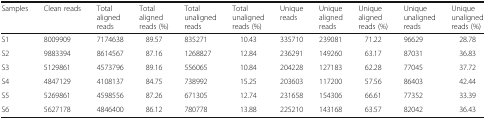
<table><thead><tr><td><b>Samples</b></td><td><b>Clean reads</b></td><td><b>Total aligned reads</b></td><td><b>Total aligned reads (%)</b></td><td><b>Total unaligned reads</b></td><td><b>Total unaligned reads (%)</b></td><td><b>Unique reads</b></td><td><b>Unique aligned reads</b></td><td><b>Unique aligned reads (%)</b></td><td><b>Unique unaligned reads</b></td><td><b>Unique unaligned reads (%)</b></td></tr></thead><tbody><tr><td>S1</td><td>8009909</td><td>7174638</td><td>89.57</td><td>835271</td><td>10.43</td><td>335710</td><td>239081</td><td>71.22</td><td>96629</td><td>28.78</td></tr><tr><td>S2</td><td>9883394</td><td>8614567</td><td>87.16</td><td>1268827</td><td>12.84</td><td>236291</td><td>149260</td><td>63.17</td><td>87031</td><td>36.83</td></tr><tr><td>S3</td><td>5129861</td><td>4573796</td><td>89.16</td><td>556065</td><td>10.84</td><td>204228</td><td>127183</td><td>62.28</td><td>77045</td><td>37.72</td></tr><tr><td>S4</td><td>4847129</td><td>4108137</td><td>84.75</td><td>738992</td><td>15.25</td><td>203603</td><td>117200</td><td>57.56</td><td>86403</td><td>42.44</td></tr><tr><td>S5</td><td>5269861</td><td>4598556</td><td>87.26</td><td>671305</td><td>12.74</td><td>231658</td><td>154306</td><td>66.61</td><td>77352</td><td>33.39</td></tr><tr><td>S6</td><td>5627178</td><td>4846400</td><td>86.12</td><td>780778</td><td>13.88</td><td>225210</td><td>143168</td><td>63.57</td><td>82042</td><td>36.43</td></tr></tbody></table>